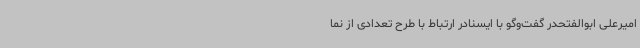
امیرعلی ابوالفتحدر گفت‌وگو با ایسنادر ارتباط با طرح تعدادی از نما